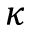
\kappa